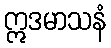
ဣဒမာသနံ